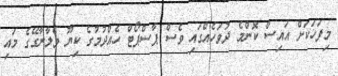
މިފަހަކަށް އައިސް ކޮންމެ ދުވަހެއްގައި ވެސް ޕާސްޕޯޓް ހެއްދުމުގެ ކިޔޫ ވެލާނާގޭގެ މައި